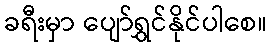
ခရီးမှာ ပျော်ရွှင်နိုင်ပါစေ။